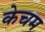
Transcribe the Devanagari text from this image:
केचम